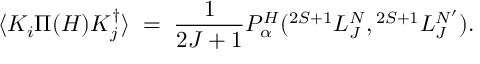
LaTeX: \langle { \cal K } _ { i } \Pi ( H ) { \cal K } _ { j } ^ { \dagger } \rangle \; = \; { \frac { 1 } { 2 J + 1 } } { \cal P } _ { \alpha } ^ { H } ( { } ^ { 2 S + 1 } L _ { J } ^ { N } , { } ^ { 2 S + 1 } L _ { J } ^ { N ^ { \prime } } ) .